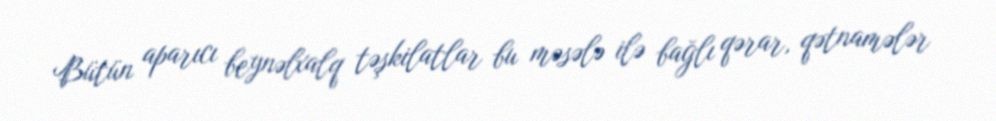
Bütün aparıcı beynəlxalq təşkilatlar bu məsələ ilə bağlı qərar, qətnamələr